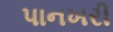
પાનખરી